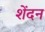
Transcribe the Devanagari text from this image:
शेंदन